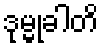
ဒုမ္မုခါတိ